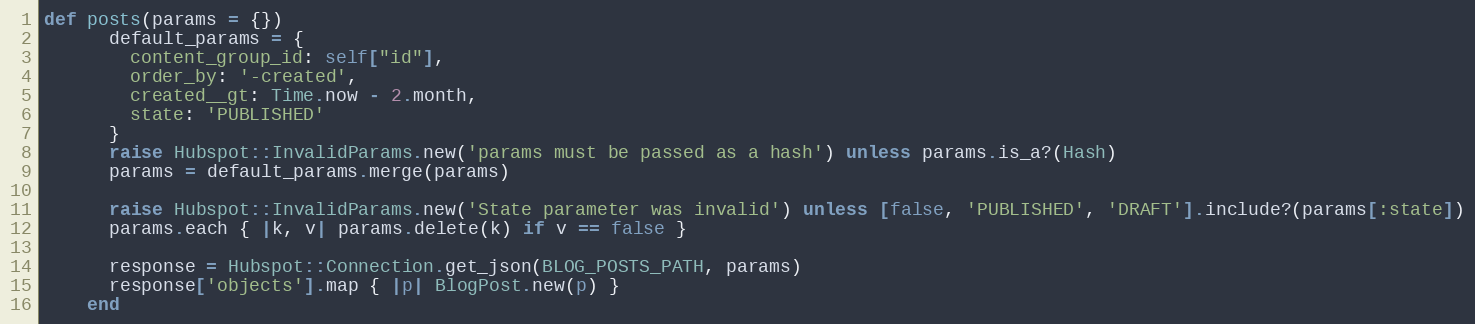
Language: Ruby
def posts(params = {})
      default_params = {
        content_group_id: self["id"],
        order_by: '-created',
        created__gt: Time.now - 2.month,
        state: 'PUBLISHED'
      }
      raise Hubspot::InvalidParams.new('params must be passed as a hash') unless params.is_a?(Hash)
      params = default_params.merge(params)

      raise Hubspot::InvalidParams.new('State parameter was invalid') unless [false, 'PUBLISHED', 'DRAFT'].include?(params[:state])
      params.each { |k, v| params.delete(k) if v == false }

      response = Hubspot::Connection.get_json(BLOG_POSTS_PATH, params)
      response['objects'].map { |p| BlogPost.new(p) }
    end